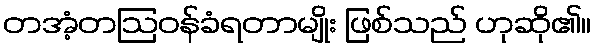
တအံ့တဩဝန်ခံရတာမျိုး ဖြစ်သည် ဟုဆို၏။